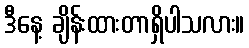
ဒီနေ့ ချိန်းထားတာရှိပါသလား။